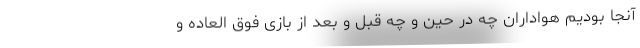
آنجا بودیم هواداران چه در حین و چه قبل و بعد از بازی فوق العاده و